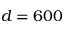
d = 6 0 0